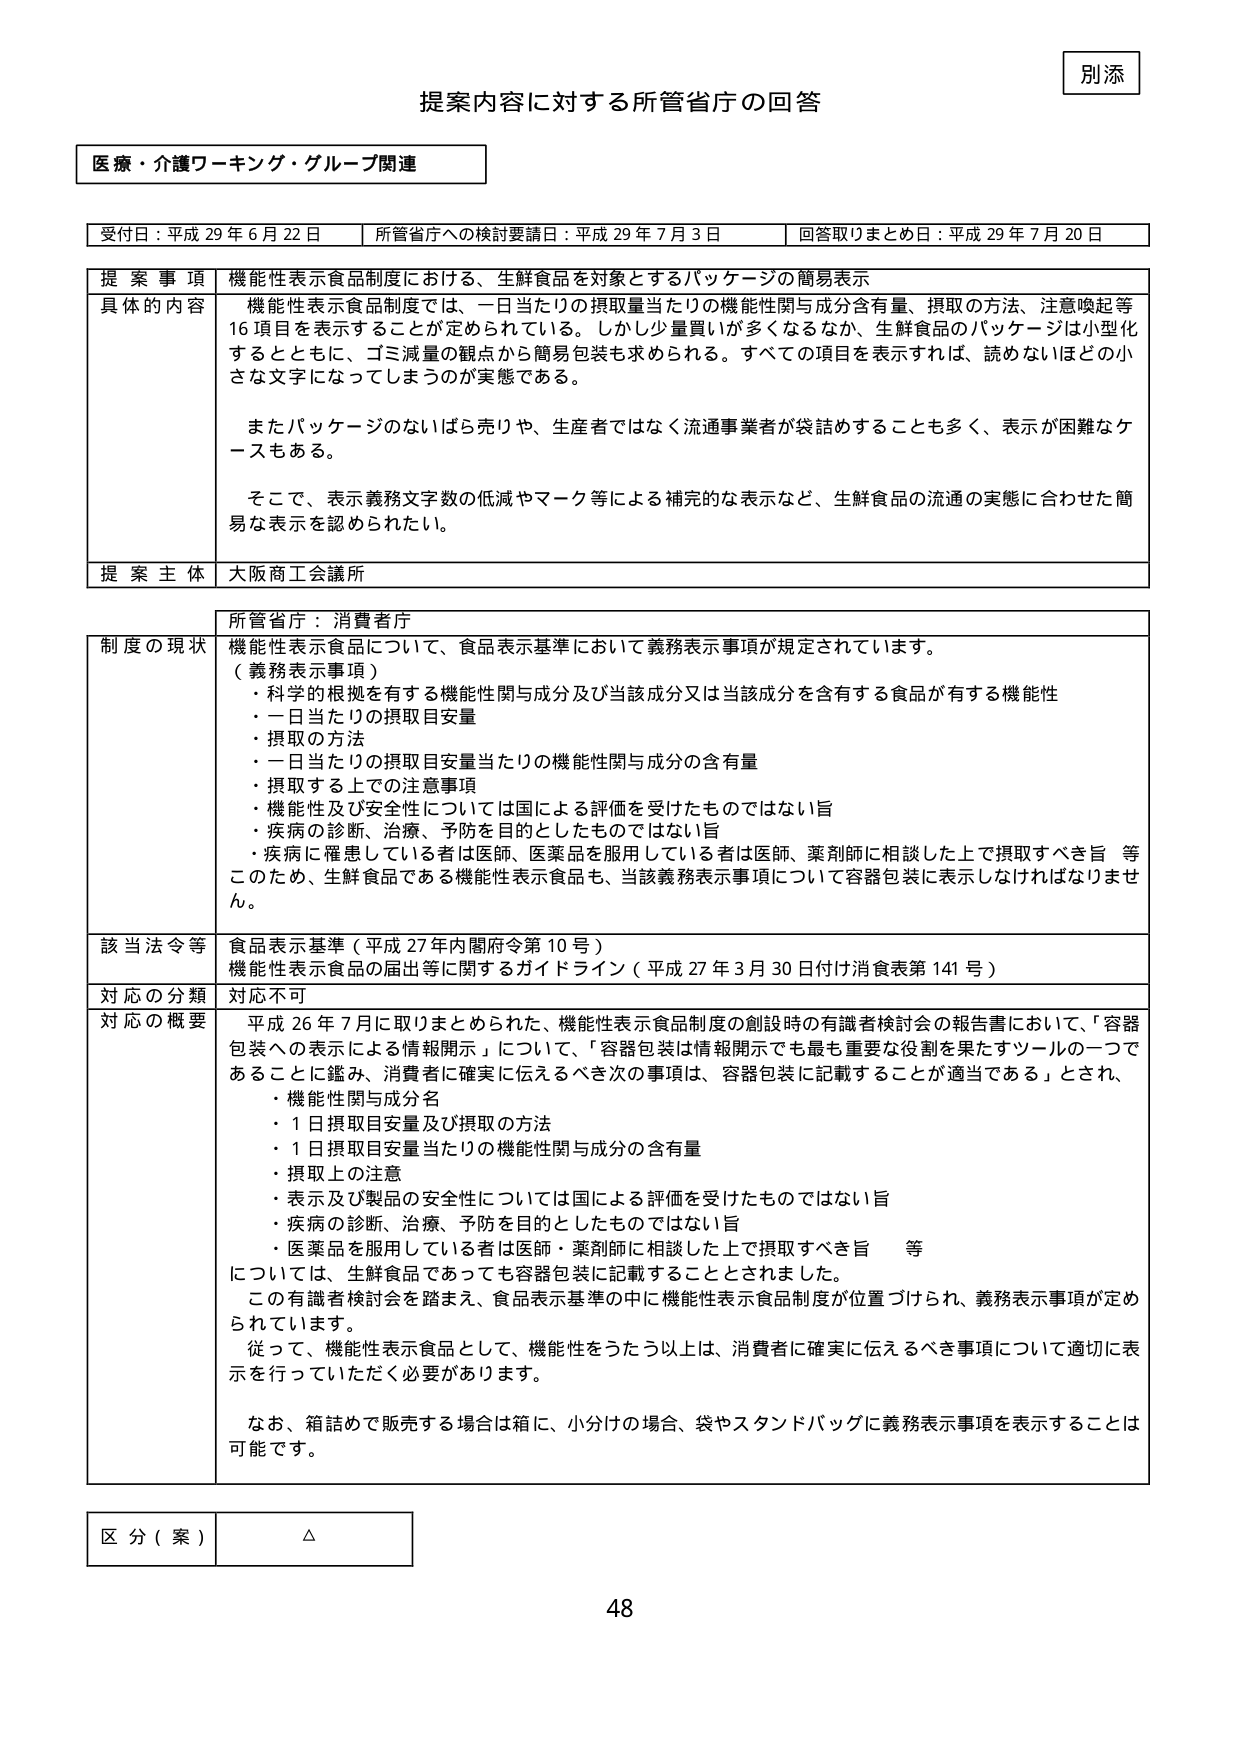
別添
提案内容に対する所管省庁の回答

医療・介護ワーキング・グループ関連

受付日：平成29年6月22日　　所管省庁への検討要請日：平成29年7月3日　　回答取りまとめ日：平成29年7月20日

提案事項　機能性表示食品制度における、生鮮食品を対象とするパッケージの簡易表示
具体的な内容　機能性表示食品制度では、一日当たりの摂取量当たりの機能性関与成分含有量、摂取の方法、注意喚起等16項目を表示することが定められている。しかし少量買いが多くなるなか、生鮮食品のパッケージは小型化するとともに、ゴミ減量の観点から簡易包装も求められる。すべての項目を表示すれば、読めないほどの小さな文字になってしまうのが実態である。
　　またパッケージのないばら売りや、生産者ではなく流通事業者が袋詰めすることも多く、表示が困難なケースもある。
　　そこで、表示義務文字数の低減やマーク等による補完的な表示など、生鮮食品の流通の実態に合わせた簡易な表示を認められたい。
提案主体　大阪商工会議所

所管省庁：消費者庁
制度の現状　機能性表示食品について、食品表示基準において義務表示事項が規定されています。
（義務表示事項）
・科学的根拠を有する機能性関与成分及び当該成分又は当該成分を含有する食品が有する機能性
・一日当たりの摂取目安量
・摂取の方法
・一日当たりの摂取目安量当たりの機能性関与成分の含有量
・摂取する上での注意事項
・機能性及び安全性については国による評価を受けたものではない旨
・疾病の診断、治療、予防を目的としたものではない旨
・疾病に罹患している者は医師、医薬品を服用している者は医師、薬剤師に相談した上で摂取すべき旨　等
このため、生鮮食品である機能性表示食品も、当該義務表示事項について容器包装に表示しなければなりません。

該当法令等　食品表示基準（平成27年内閣府令第10号）
機能性表示食品の届出等に関するガイドライン（平成27年3月30日付け消食表第141号）

対応の分類　対応不可
対応の概要　平成26年7月に取りまとめられた、機能性表示食品制度の創設時の有識者検討会の報告書において、「容器包装への表示による情報開示」について、「容器包装は情報開示でも最も重要な役割を果たすツールの一つであることに鑑み、消費者に確実に伝えるべき次の事項は、容器包装に記載することが適当である」とされ、
・機能性関与成分名
・1日摂取目安量及び摂取の方法
・1日摂取目安量当たりの機能性関与成分の含有量
・摂取上の注意
・表示及び製品の安全性については国による評価を受けたものではない旨
・疾病の診断、治療、予防を目的としたものではない旨
・医薬品を服用している者は医師・薬剤師に相談した上で摂取すべき旨　等
については、生鮮食品であっても容器包装に記載することとされました。
　　この有識者検討会を踏まえ、食品表示基準の中に機能性表示食品制度が位置づけられ、義務表示事項が定められています。
　　従って、機能性表示食品として、機能性をうたう以上は、消費者に確実に伝えるべき事項について適切に表示を行っていただく必要があります。
　　なお、箱詰めで販売する場合は箱に、小分けの場合、袋やスタンドバッグに義務表示事項を表示することは可能です。

区分（案）　△

48